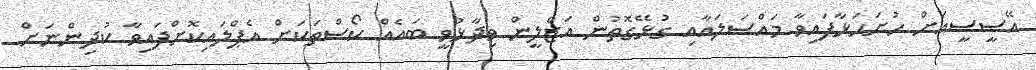
އޭސީސީއަށް ހުށަހަޅާފައިވާ މައްސަލައާއި ގުޅޭގޮތުން އަޒްލީން ވިދާޅުވީ ބައެއް ކޯސްތަކަށް އެޕްލައިކޮށްފައިވާ ކުދިންނަށް